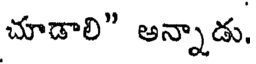
చూడాలి" అన్నాడు.